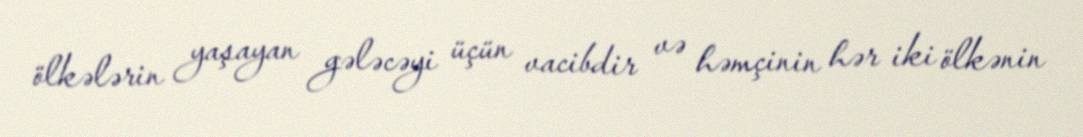
ölkələrin yaşayan gələcəyi üçün vacibdir və həmçinin hər iki ölkənin